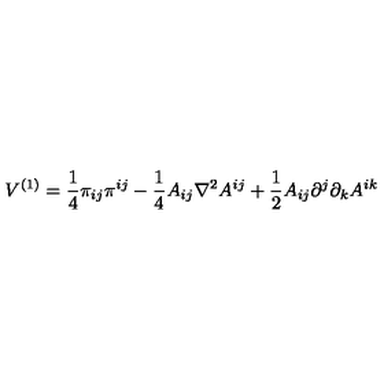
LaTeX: V ^ { ( 1 ) } = \frac { 1 } { 4 } \pi _ { i j } \pi ^ { i j } - \frac { 1 } { 4 } A _ { i j } \nabla ^ { 2 } A ^ { i j } + \frac { 1 } { 2 } A _ { i j } \partial ^ { j } \partial _ { k } A ^ { i k }